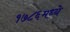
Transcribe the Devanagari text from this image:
१७८६मध्ये